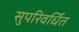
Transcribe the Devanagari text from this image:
सुपरिवर्धित